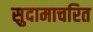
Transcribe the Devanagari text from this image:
सुदामाचरित